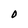
Character: O